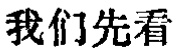
我们先看